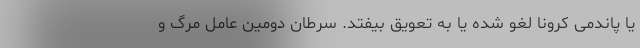
یا پاندمی کرونا لغو شده یا به تعویق بیفتد. سرطان دومین عامل مرگ و